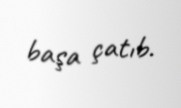
başa çatıb.